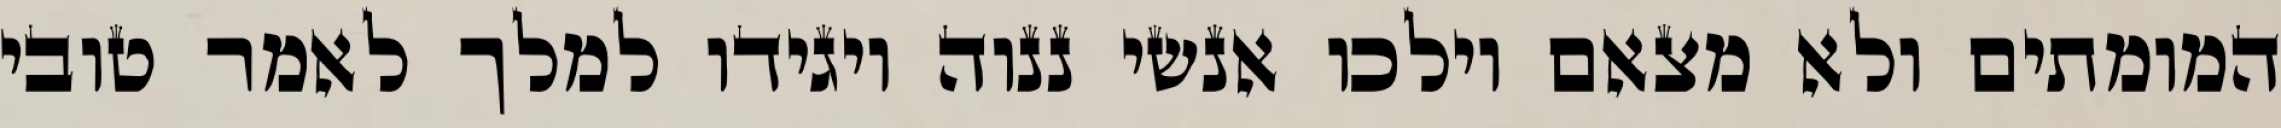
המומתים ולא מצאם וילכו אנשי ננוה ויגידו למלך לאמר טובי